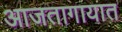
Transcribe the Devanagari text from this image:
आजतागायात